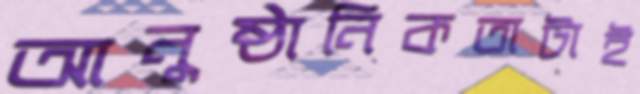
আনুষ্ঠানিকতাটাই